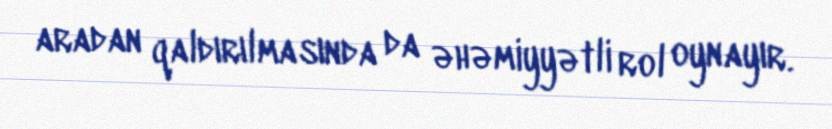
aradan qaldırılmasında da əhəmiyyətli rol oynayır.